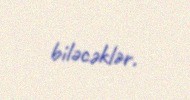
biləcəklər.